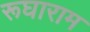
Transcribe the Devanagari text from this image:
रूघाराम